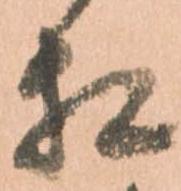
相